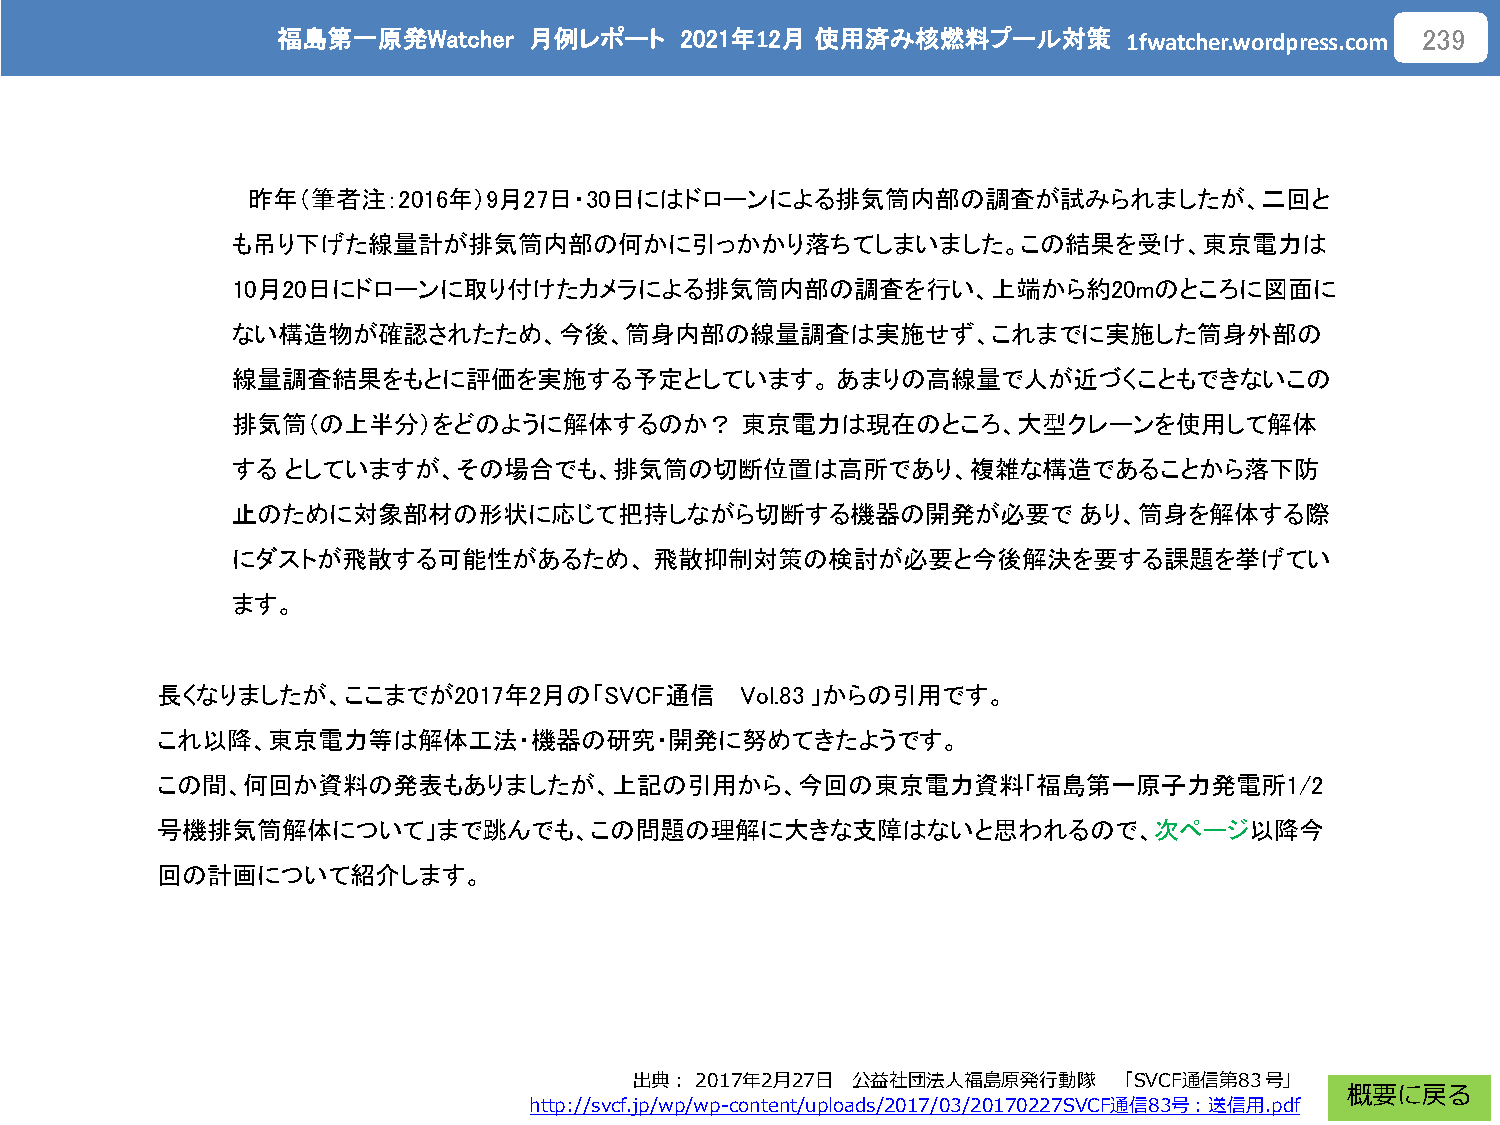
福島第一原発Watcher    月例レポート    2021年12月 使用済み核燃料プール対策
 1fwatcher.wordpress.com
 239
 昨年（筆者注：2016年）9月27日・30日にはドローンによる排気筒内部の調査が試みられましたが、二回と
 も吊り下げた線量計が排気筒内部の何かに引っかかり落ちてしまいました。この結果を受け、東京電力は
 10月20日にドローンに取り付けたカメラによる排気筒内部の調査を行い、上端から約20mのところに図面に
 ない構造物が確認されたため、今後、筒身内部の線量調査は実施せず、これまでに実施した筒身外部の
 線量調査結果をもとに評価を実施する予定としています。あまりの高線量で人が近づくこともできないこの
 排気筒（の上半分）をどのように解体するのか？            東京電力は現在のところ、大型クレーンを使用して解体
 する  としていますが、その場合でも、排気筒の切断位置は高所であり、複雑な構造であることから落下防
 止のために対象部材の形状に応じて把持しながら切断する機器の開発が必要で                     あり、筒身を解体する際
 にダストが飛散する可能性があるため、飛散抑制対策の検討が必要と今後解決を要する課題を挙げてい
 ます。
 長くなりましたが、ここまでが2017年2月の「SVCF通信          Vol.83」からの引用です。
 これ以降、東京電力等は解体工法・機器の研究・開発に努めてきたようです。
 この間、何回か資料の発表もありましたが、上記の引用から、今回の東京電力資料「福島第一原子力発電所1/2
 号機排気筒解体について」まで跳んでも、この問題の理解に大きな支障はないと思われるので、次ページ以降今
 回の計画について紹介します。
 出典：2017年2月27日 公益社団法人福島原発行動隊     「SVCF通信第83号」
 概要に戻る
 http://svcf.jp/wp/wp-content/uploads/2017/03/20170227SVCF通信83号：送信用.pdf